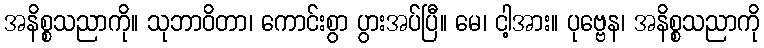
အနိစ္စသညာကို။ သုဘာဝိတာ၊ ကောင်းစွာ ပွားအပ်ပြီ။ မေ၊ ငါ့အား။ ပုဗ္ဗေန၊ အနိစ္စသညာကို